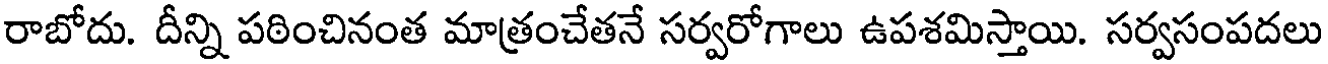
రాబోదు. దీన్ని పఠించినంత మాత్రంచేతనే సర్వరోగాలు ఉపశమిస్తాయి. సర్వసంపదలు